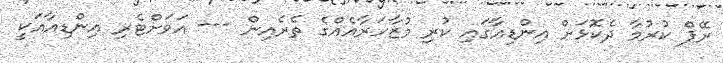
ރޭޕް ކުރުމާ ދެކޮޅަށް އިންޑިއާގައި ކުރި މުޒާހަރާއެއްގެ ތެރެއިން --- އަވަށްޓެރި އިންޑިއާއަކީ